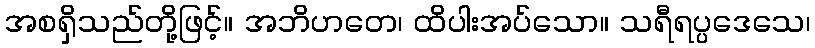
အစရှိသည်တို့ဖြင့်။ အဘိဟတေ၊ ထိပါးအပ်သော။ သရီရပ္ပဒေသေ၊